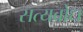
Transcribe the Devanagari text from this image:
सत्यबोध